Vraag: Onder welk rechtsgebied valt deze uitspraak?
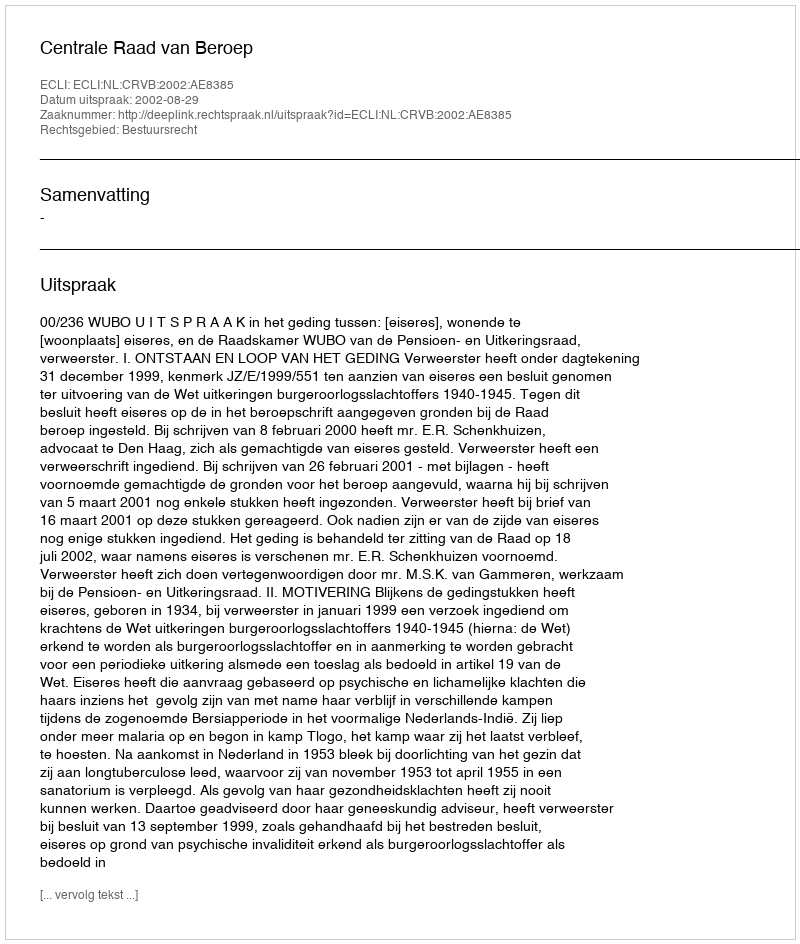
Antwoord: Bestuursrecht